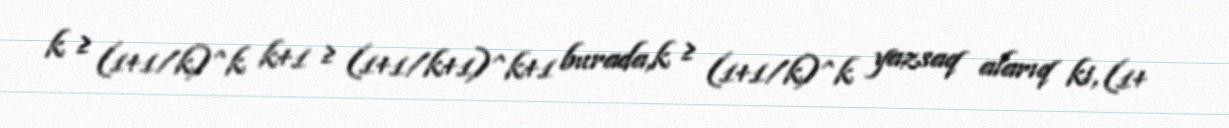
k ≥ (1+1/k)^k k+1 ≥ (1+1/k+1)^k+1 burada,k ≥ (1+1/k)^k yazsaq alarıq ki, (1+